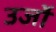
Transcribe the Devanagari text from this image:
उर्जो